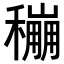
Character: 𥣌